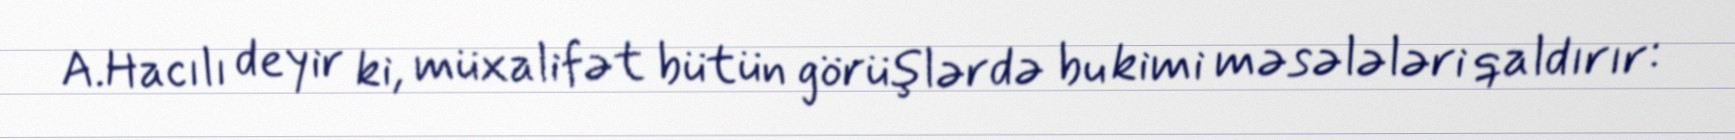
A.Hacılı deyir ki, müxalifət bütün görüşlərdə bu kimi məsələləri qaldırır: